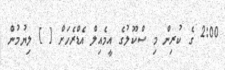
2:00 ގެ ކުރިން މި ސްކޫލުގެ އީމެއިލް އެޑްރެހަށް [ ] ލިޔުމުން